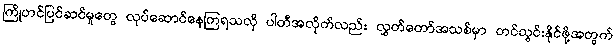
ကြိုတင်ပြင်ဆင်မှုတွေ လုပ်ဆောင်နေကြရသလို ပါတီအလိုက်လည်း လွှတ်တော်အသစ်မှာ တင်သွင်းနိုင်ဖို့အတွက်